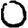
Digit: 0